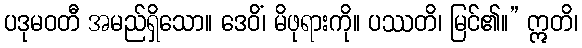
ပဒုမဝတီ အမည်ရှိသော။ ဒေဝိံ၊ မိဖုရားကို။ ပဿတိ၊ မြင်၏။” ဣတိ၊